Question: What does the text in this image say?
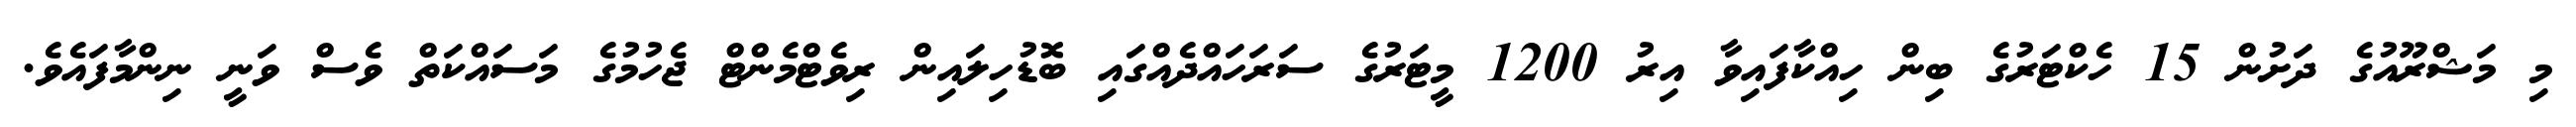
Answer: މި މަޝްރޫއުގެ ދަށުން 15 ހެކްޓަރުގެ ބިން ހިއްކާފައިވާ އިރު 1200 މީޓަރުގެ ސަރަހައްދެއްގައި ބޮޑުހިލައިން ރިވެޓްމެންޓް ޖެހުމުގެ މަސައްކަތް ވެސް ވަނީ ނިންމާފައެވެ.